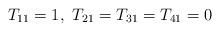
LaTeX: \begin{align*}T_{11}=1, \ T_{21}=T_{31}=T_{41}=0 \end{align*}